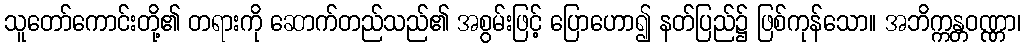
သူတော်ကောင်းတို့၏ တရားကို ဆောက်တည်သည်၏ အစွမ်းဖြင့် ပြောဟော၍ နတ်ပြည်၌ ဖြစ်ကုန်သော။ အဘိက္ကန္တဝဏ္ဏာ၊